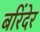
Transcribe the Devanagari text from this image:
बरिंदेर